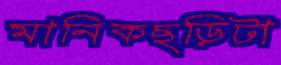
মানিকছড়িটা